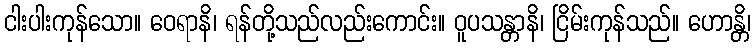
ငါးပါးကုန်သော။ ဝေရာနိ၊ ရန်တို့သည်လည်းကောင်း။ ဝူပသန္တာနိ၊ ငြိမ်းကုန်သည်။ ဟောန္တိ၊